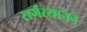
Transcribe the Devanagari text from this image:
सर्गस्यानने